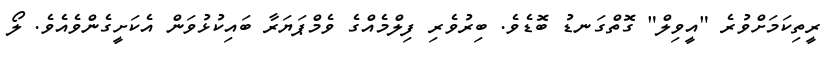
ރީތިކަމަށްވުރެ "އީވިލް" ގޮތްގަނޑު ބޮޑެވެ. ބިރުވެރި ފިލްމެއްގެ ވެމްޕަޔަރާ ބައިކުޅުވަން އެކަށީގެންވެއެވެ. ލޯ